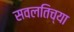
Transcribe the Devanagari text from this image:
सवलतिच्या